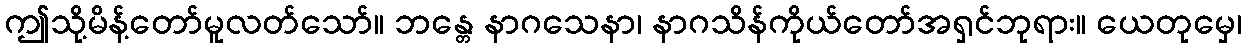
ဤသို့မိန့်တော်မူလတ်သော်။ ဘန္တေ နာဂသေနာ၊ နာဂသိန်ကိုယ်တော်အရှင်ဘုရား။ ယေတုမှေ၊